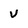
Character: U